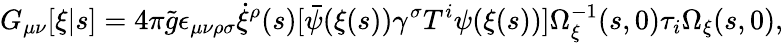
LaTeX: G_{\mu\nu}[\xi|s]=4\pi{\tilde{g}}\epsilon_{\mu\nu\rho\sigma}\dot{\xi}^{\rho}(s)[{\bar{\psi}}(\xi(s))\gamma^{\sigma}T^{i}\psi(\xi(s))]\Omega_{\xi}^{-1}(s,0)\tau_{i}\Omega_{\xi}(s,0),